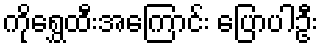
ကိုရွှေထီးအကြောင်း ပြောပါဦး